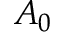
A _ { 0 }